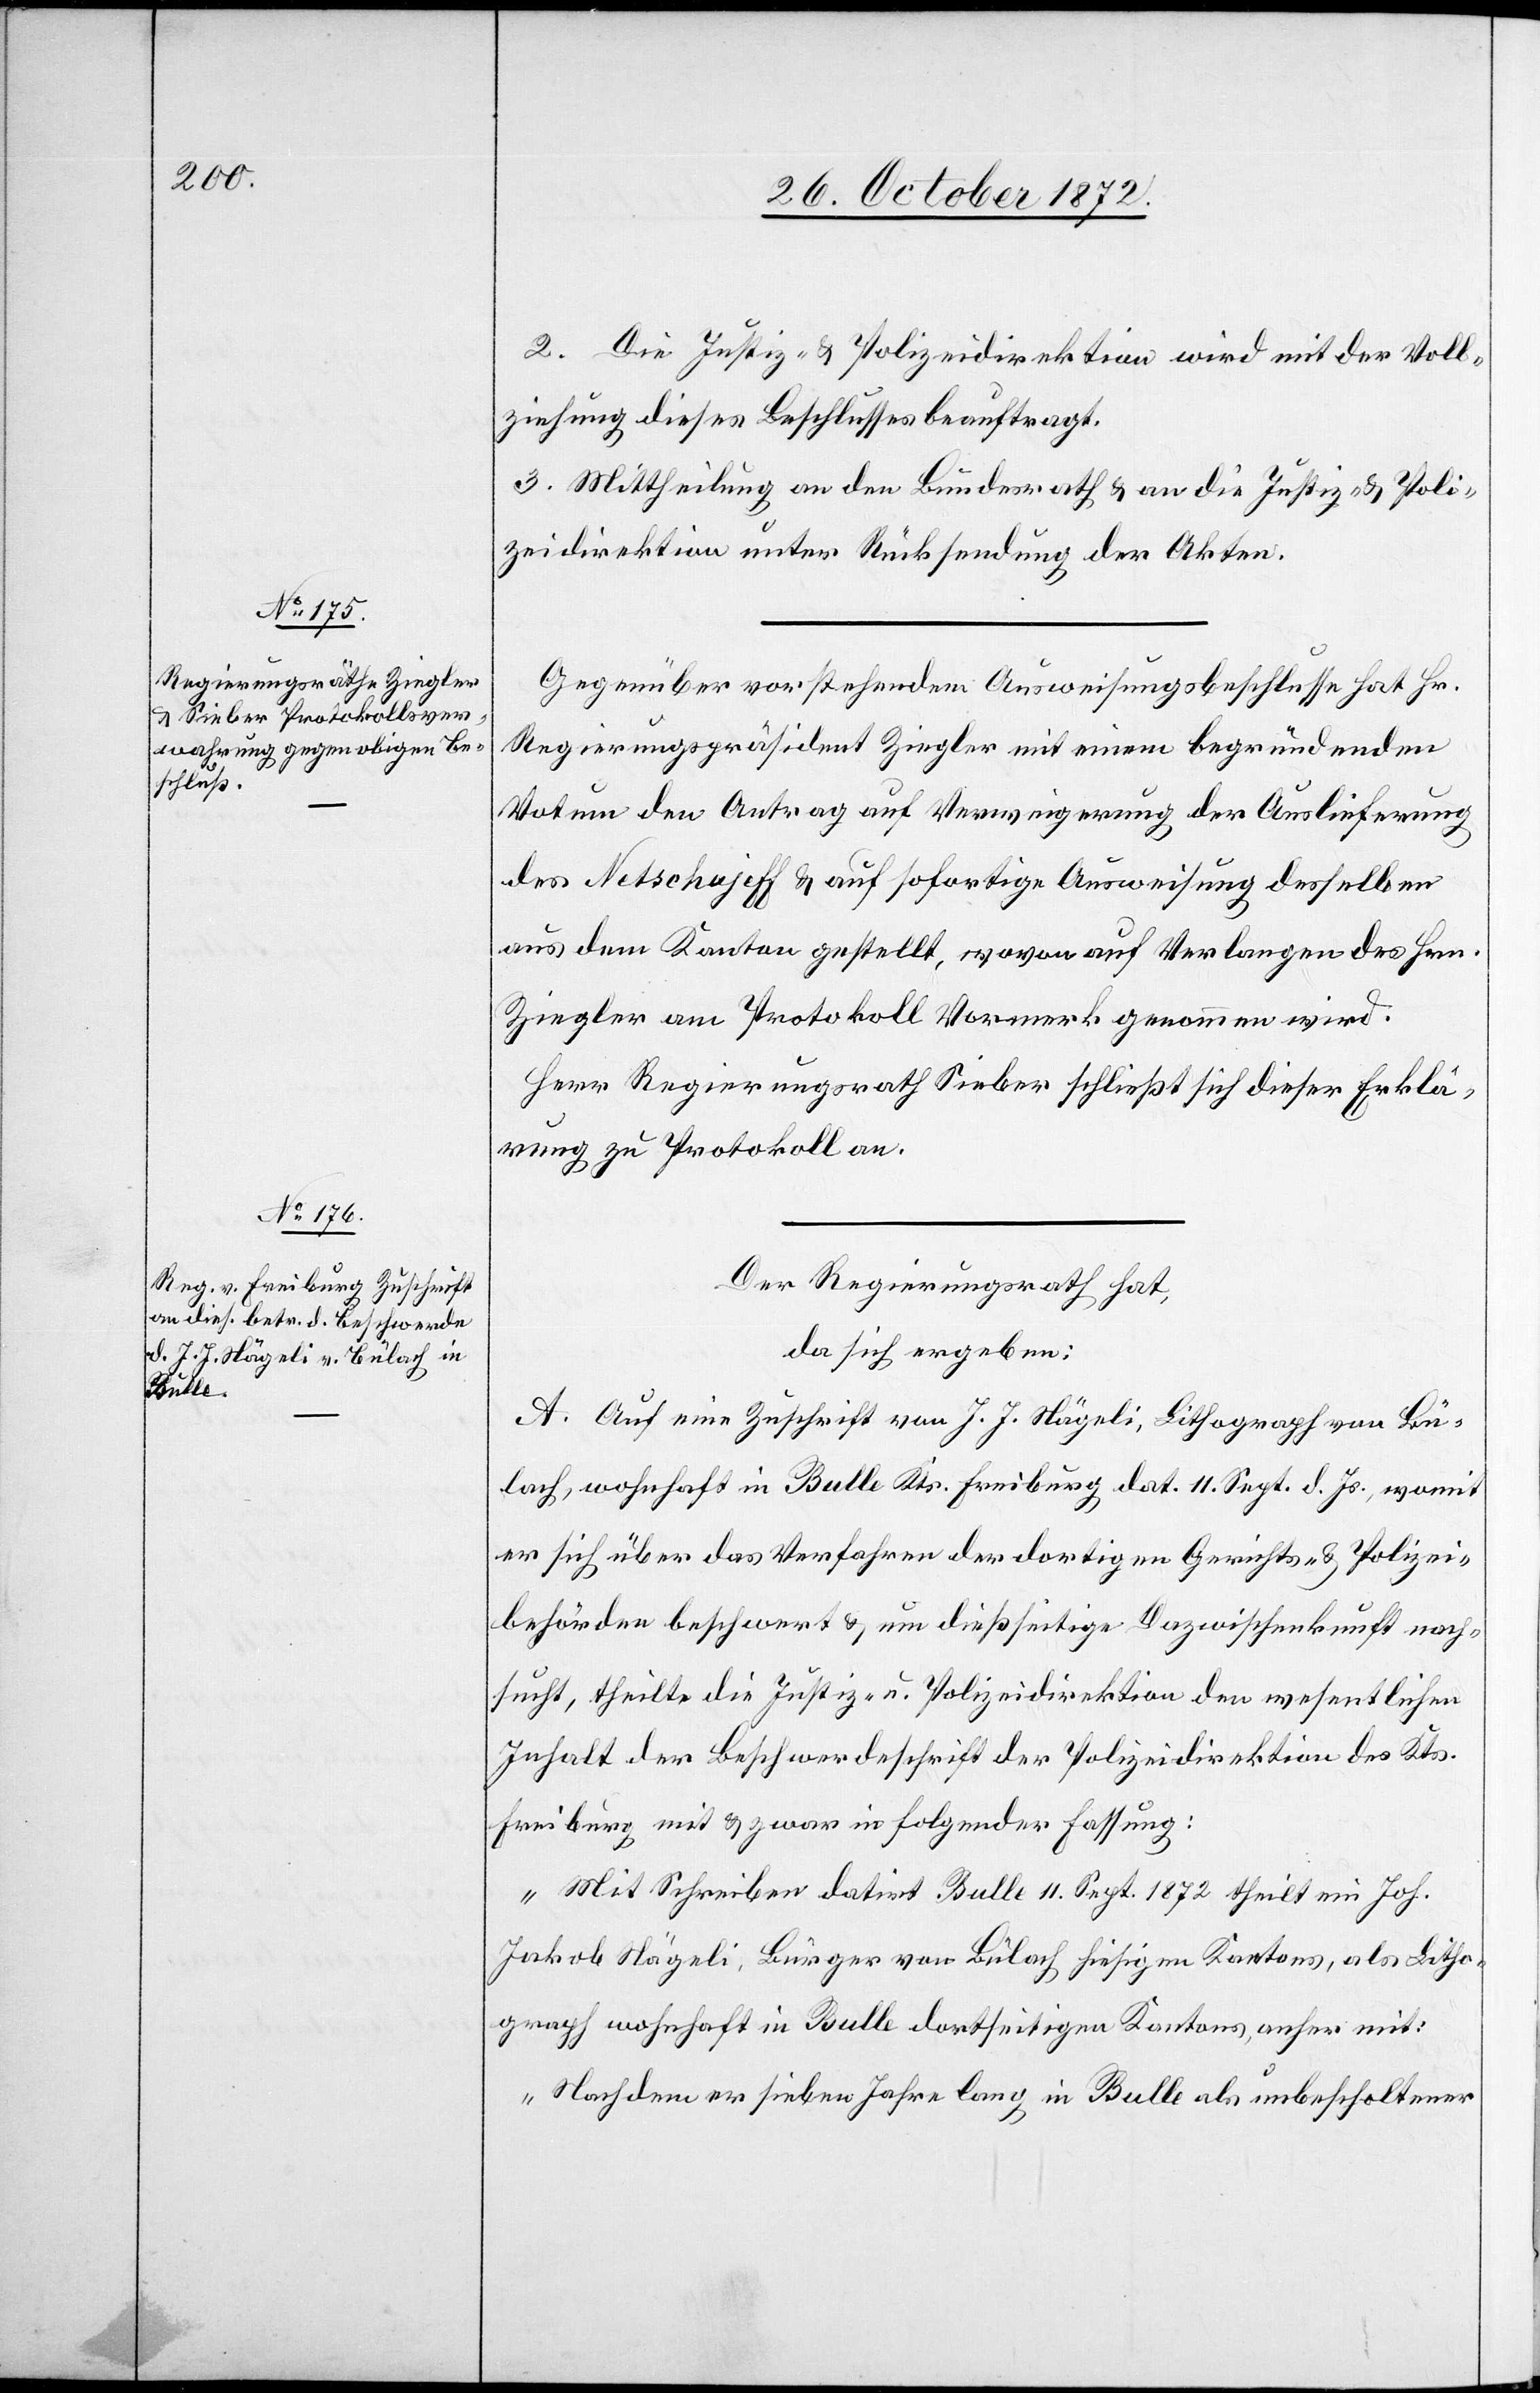
Gegenüber vorstehendem Ausweisungsbeschlusse hat Hr.
Regierungspräsident Ziegler mit einem begründenden
Votum den Antrag auf Verweigerung der Auslieferung
des Netschajeff u. auf sofortige Ausweisung desselben
aus dem Kanton gestellt, wovon auf Verlangen des Hrn.
Ziegler am Protokoll Vormerk genommen wird.
Herr Regierungsrath Sieber schließt sich dieser Erklä¬
rung zu Protokoll an.
Der Regierungsrath hat,
da sich ergeben:
A. Auf eine Zuschrift von J. J. Nägeli, Lithograph von Bü¬
lach, wohnhaft in Bulle Kts. Freiburg dat. 11. Sept. d. Js., womit
er sich über das Verfahren der dortigen Dazwischenkunft nach¬
sucht, theilte die Justiz- u. Polizeidirektion den wesentlichen
Inhalt der Beschwerdeschrift der Polizeidirektion des Kts.
Freiburg mit u. zwar in folgender Fassung:
„Mit Schreiben datirt Bulle 11. Sept. 1872 theilt ein Joh.
Jakob Nägeli, Bürger von Bülach hiesigen Kantons, als Litho¬
graph wohnhaft in Bulle dortseitigen Kantons, anher mit:
„Nachdem er sieben Jahre lang in Bulle als unbescholtener